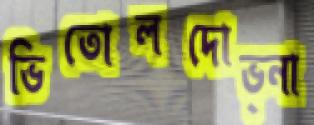
ভিতোলদোভ্না